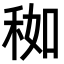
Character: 𥞚